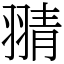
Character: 𦑊